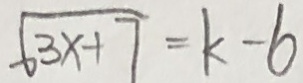
\sqrt { 3 x + 7 } = k - 6